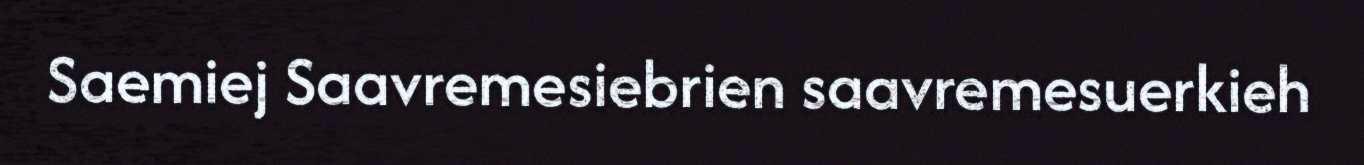
Saemiej Saavremesiebrien saavremesuerkieh